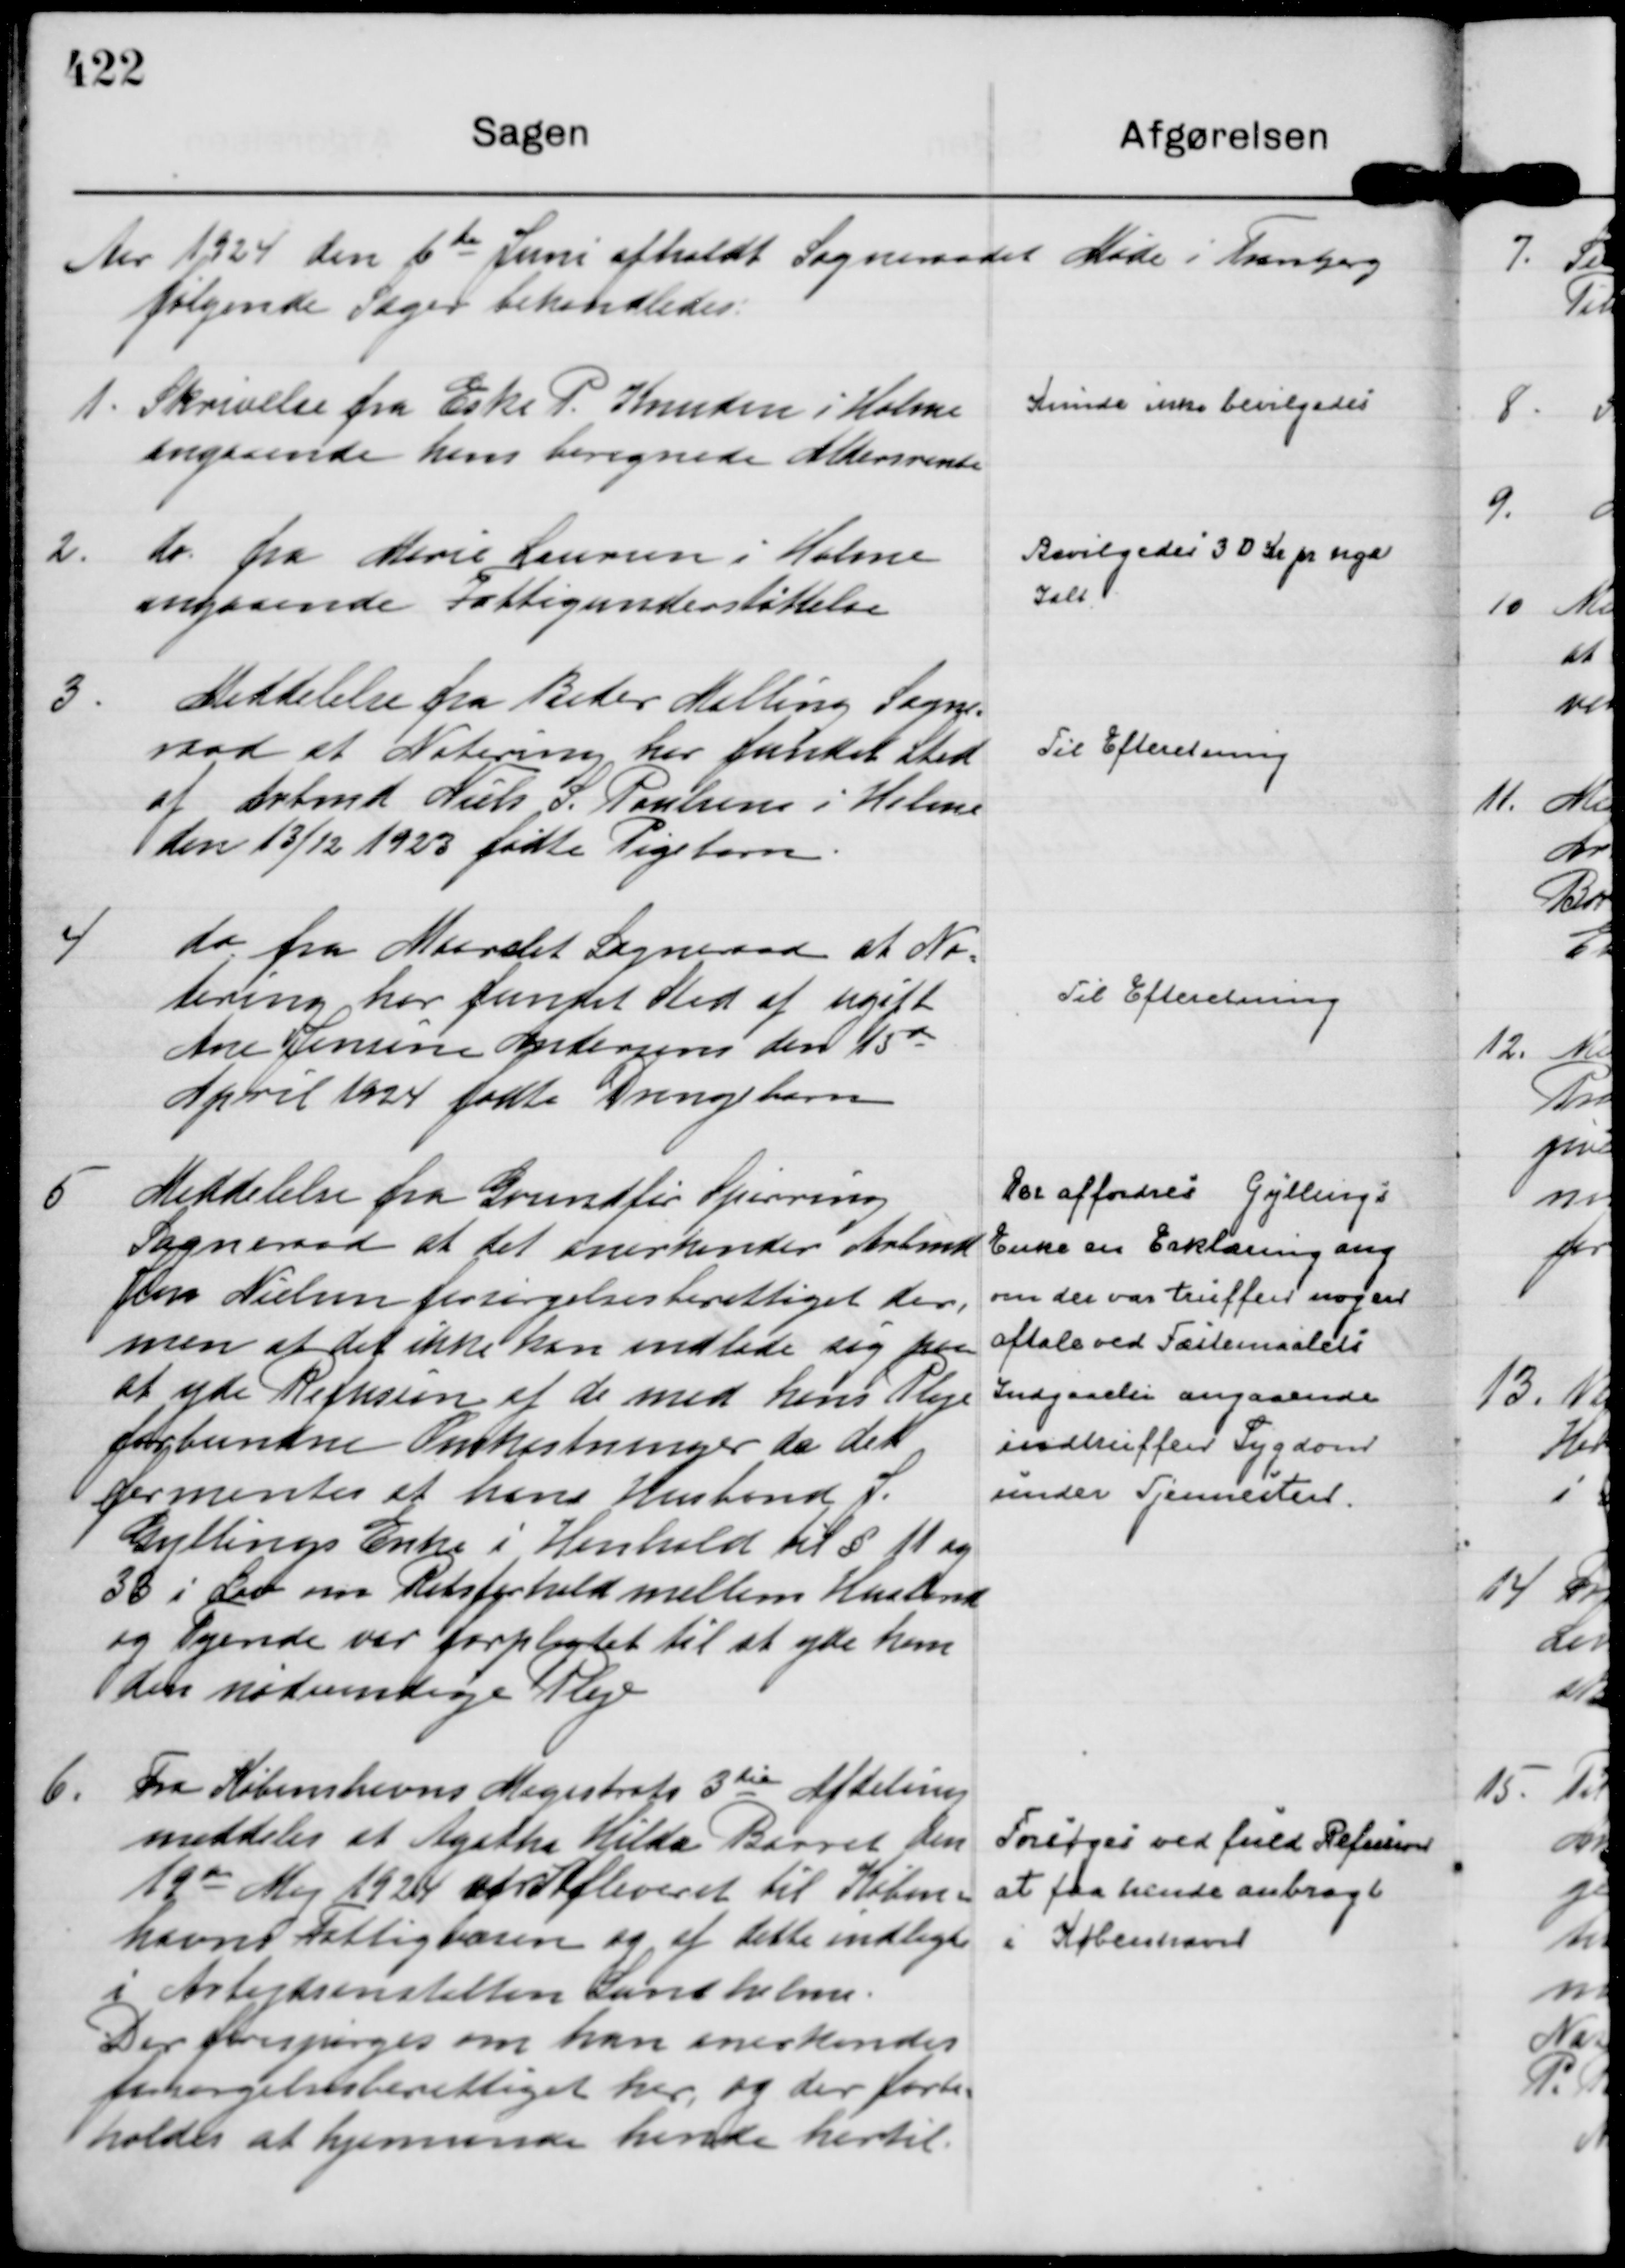
Transskription:
Aar 1924 den 6 te Juni afholdt Sognraadet Møde i Tranbjerg
følgende Sager behandledes:

1.
Skrivelse fra Eske P. Knuden i Holme
angaaende hans beregnede Aldersrente

Kunde ikke bevilgedes

2.
do. fra Marie Laursen i Holme
angaaende Fattigunderstøttelse

Bevilgedes 30 Kr pr uge
Ialt

3.
Meddelelse fra Beder Malling Sogne= 
raad at Notering har fundet Sted
af Arbmd Niels S. Poulsens i Holme
den 13/12 1923 fødte Pigebarn.

Til Efteretning

4
do. fra Maarslet Sogneraad at No=
tering har fundet Sted af ugift
Ane Jensine Andersens den 15 de
April 1924 fødte Drengebarn

Til Efteretning

5
Meddelelse fra Grundfør Spørring
Sogneraad at det anerkender Arbmd
Jens Nielsen forsørgelsesberettiget der,
men at det ikke kan indlade sig paa
at yde Refusion af de med hans Pleje
forbundne Omkostninger da det
formentes af hans Husbond S.
Gyllings Enke i Henhold til § 11 og
33 i Lov om Retsforhold mellem Husbond
og Tyende var forpligtet til at yde ham
den nødvendige Pleje

Der affordres Gyllings
Enke en Erklæring ang
om der var truffen nogen 
aftale ved Fæstesmaalets
Indgaaelse angaaende
indtruffen Sygdom
under Tjennesten.

6.
Fra Københavns Magistrats 3 die Afdeling
meddeles at Agatha Hilda Barret den 
19 de Maj 1924 var Afleveret til Køben=
havns Fattigvæsen og af dette indlagt
i Arbejdsanstalten Sundholm.
Der forespørges om hun anerkendes
forsørgelsesberettiget her, og der forbe=
holdes at Hjemsende hende hertil.

Forsøges ved fuld Refusion
at faa hende anbragt
i København